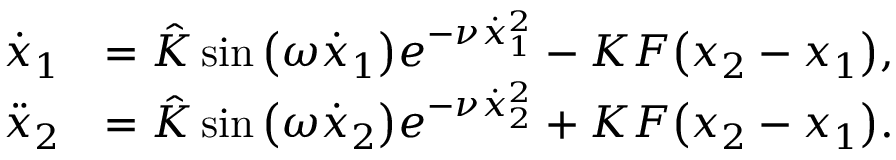
\begin{array} { r l } { \dot { x } _ { 1 } } & { = \hat { K } \sin \big ( \omega \dot { x } _ { 1 } \big ) e ^ { - \nu \dot { x } _ { 1 } ^ { 2 } } - K F \big ( { x } _ { 2 } - { x } _ { 1 } \big ) , } \\ { \ddot { x } _ { 2 } } & { = \hat { K } \sin \big ( \omega \dot { x } _ { 2 } \big ) e ^ { - \nu \dot { x } _ { 2 } ^ { 2 } } + K F \big ( { x } _ { 2 } - { x } _ { 1 } \big ) . } \end{array}